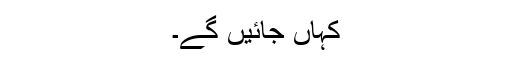
کہاں جائیں گے۔